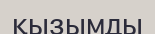
қызымды